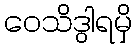
ဝေသိဒွါရမှိ